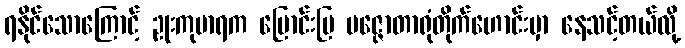
ရနိုင်သောကြောင့် ဥုးကုမာရက မြောင်းမြ ပဇ္ဇောတာရုံတိုက်ဟောင်းမှာ နေသင့်တယ်လို့